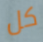
كل